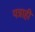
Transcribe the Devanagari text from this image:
पत्राही